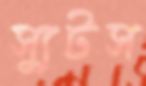
স্যুটস